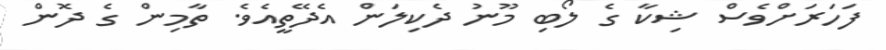
ފަހަރަށްވެސް ޝިކާ ގެ ލޯބި މޫނު ދެކިލަން އެދޭތީއެވެ. ތާމިން ގެ ދޮން